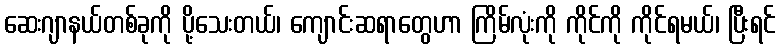
ဆေးဂျာနယ်တစ်ခုကို ပို့သေးတယ်၊ ကျောင်းဆရာတွေဟာ ကြိမ်လုံးကို ကိုင်ကို ကိုင်ရမယ်၊ ပြီးရင်